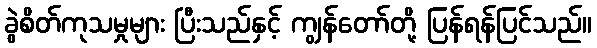
ခွဲစိတ်ကုသမှုများ ပြီးသည်နှင့် ကျွန်တော်တို့ ပြန်ရန်ပြင်သည်။